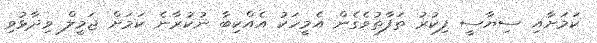
ކަމަށާއި ސިޔާސީ ފިކުރު ތަފާތުވެގެން އެމީހަކު އެއްކިބާ ނުކުރާނެ ކަމަށް ޖަމީލް ވިދާޅުވި